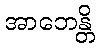
အာဘေန္တိ